Scientific memoirs by medical officers of the Army of India - Part XII,
Year: 1901
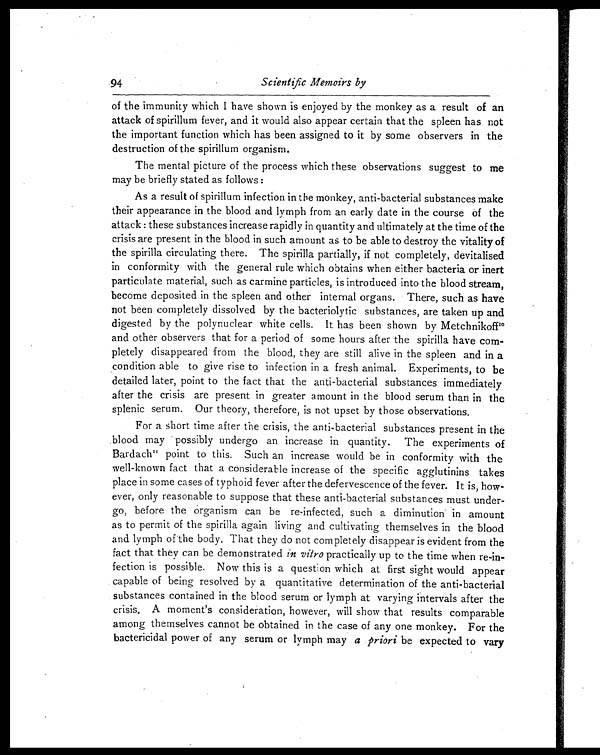
94
Scientific Memoirs by
of the immunity which I have shown is enjoyed by the monkey as a result of an
attack of spirillum fever, and it would also appear certain that the spleen has not
the important function which has been assigned to it by some observers in the
destruction of the spirillum organism.
The mental picture of the process which these observations suggest to me
may be briefly stated as follows :
As a result of spirillum infection in the monkey, anti-bacterial substances make
their appearance in the blood and lymph from an early date in the course of the
attack : these substances increase rapidly in quantity and ultimately at the time of the
crisis are present in the blood in such amount as to be able to destroy the vitality of
the spirilla circulating there. The spirilla partially, if not completely, devitalised
in conformity with the general rule which obtains when either bacteria or inert
particulate material, such as carmine particles, is introduced into the blood stream,
become deposited in the spleen and other internal organs. There, such as have
not been completely dissolved by the bacteriolytic substances, are taken up and
digested by the polynuclear white cells. It has been shown by Metchnikoff1 0
and other observers that for a period of some hours after the spirilla have com-
pletely disappeared from the blood, they are still alive in the spleen and in a
condition able to give rise to infection in a fresh animal. Experiments, to be
detailed later, point to the fact that the anti-bacterial substances immediately
after the crisis are present in greater amount in the blood serum than in the
splenic serum. Our theory, therefore, is not upset by those observations.
For a short time after the crisis, the anti-bacterial substances present in the
blood may possibly undergo an increase in quantity. The experiments of
Bardach1 1
p o i n t t o t h i s . S u c h a n i n c r e a s e w o u l d b e i n c o n f o r m i t y w i t h t h e
well-known fact that a considerable increase of the specific agglutinins takes
place in some cases of typhoid fever after the defervescence of the fever. It is, how-
ever, only reasonable to suppose that these anti-bacterial substances must under-
go, before the Organism can be re-infected, such a diminution in amount
as to permit of the spirilla again living and cultivating themselves in the blood
and lymph of the body. That they do not completely disappear is evident from the
fact that they can be demonstrated in vitro practically up to the time when re-in-
fection is possible. Now this is a question which at first sight would appear
capable of being resolved by a quantitative determination of the anti-bacterial
substances contained in the blood serum or lymph at varying intervals after the
crisis. A moment's consideration, however, will show that results comparable
among themselves cannot be obtained in the case of any one monkey. For the
bactericidal power of any serum or lymph may a priori be expected to vary